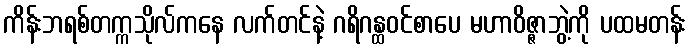
ကိန်းဘရစ်တက္ကသိုလ်ကနေ လက်တင်နဲ့ ဂရိဂန္ထဝင်စာပေ မဟာဝိဇ္ဇာဘွဲ့ကို ပထမတန်း